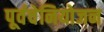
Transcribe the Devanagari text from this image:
पूर्वचेनियोजन